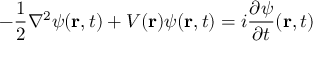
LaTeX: - { \frac { 1 } { 2 } } \nabla ^ { 2 } \psi ( \mathbf { r } , t ) + V ( \mathbf { r } ) \psi ( \mathbf { r } , t ) = i { \frac { \partial \psi } { \partial t } } ( \mathbf { r } , t )